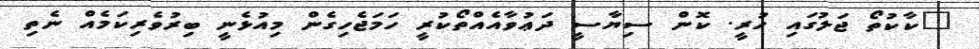
"ކާކުތޯ ޖަލުގައި ހުރީ. ކޮން ސިޔާސީ ދަޢުވާއެއްތޯކުރީ ހަމަޖެހިގެން މިއުޅެނީ ބިރުވެރިކަމެއް ނެތި